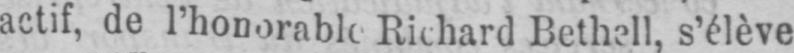
Bethell, s’élève